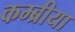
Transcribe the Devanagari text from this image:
कम्ब्रीया